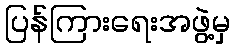
ပြန်ကြားရေးအဖွဲ့မှ